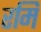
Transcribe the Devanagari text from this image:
रमि